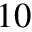
1 0